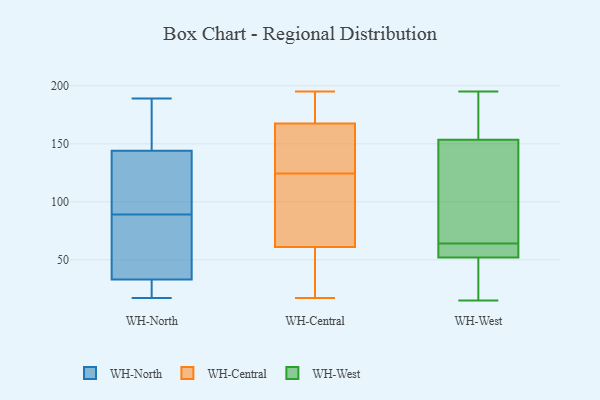
{"axis": {"x": "Inventory Turnover", "y": "Value"}, "legend": ["WH-Central", "WH-North", "WH-West"], "data": [{"x": "", "y": 17, "type": "WH-North"}, {"x": "", "y": 19, "type": "WH-North"}, {"x": "", "y": 111, "type": "WH-North"}, {"x": "", "y": 57, "type": "WH-North"}, {"x": "", "y": 189, "type": "WH-North"}, {"x": "", "y": 25, "type": "WH-North"}, {"x": "", "y": 165, "type": "WH-North"}, {"x": "", "y": 123, "type": "WH-North"}, {"x": "", "y": 151, "type": "WH-North"}, {"x": "", "y": 72, "type": "WH-North"}, {"x": "", "y": 89, "type": "WH-North"}, {"x": "", "y": 187, "type": "WH-Central"}, {"x": "", "y": 65, "type": "WH-Central"}, {"x": "", "y": 135, "type": "WH-Central"}, {"x": "", "y": 164, "type": "WH-Central"}, {"x": "", "y": 195, "type": "WH-Central"}, {"x": "", "y": 154, "type": "WH-Central"}, {"x": "", "y": 171, "type": "WH-Central"}, {"x": "", "y": 57, "type": "WH-Central"}, {"x": "", "y": 170, "type": "WH-Central"}, {"x": "", "y": 165, "type": "WH-Central"}, {"x": "", "y": 95, "type": "WH-Central"}, {"x": "", "y": 89, "type": "WH-Central"}, {"x": "", "y": 17, "type": "WH-Central"}, {"x": "", "y": 30, "type": "WH-Central"}, {"x": "", "y": 114, "type": "WH-Central"}, {"x": "", "y": 42, "type": "WH-Central"}, {"x": "", "y": 53, "type": "WH-West"}, {"x": "", "y": 153, "type": "WH-West"}, {"x": "", "y": 158, "type": "WH-West"}, {"x": "", "y": 51, "type": "WH-West"}, {"x": "", "y": 154, "type": "WH-West"}, {"x": "", "y": 41, "type": "WH-West"}, {"x": "", "y": 195, "type": "WH-West"}, {"x": "", "y": 15, "type": "WH-West"}, {"x": "", "y": 58, "type": "WH-West"}, {"x": "", "y": 132, "type": "WH-West"}, {"x": "", "y": 61, "type": "WH-West"}, {"x": "", "y": 67, "type": "WH-West"}]}